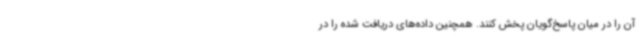
آن را در میان پاسخ‌گویان پخش کنند. همچنین داده‌های دریافت شده را در